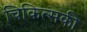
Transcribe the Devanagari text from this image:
चिकित्सकी